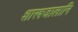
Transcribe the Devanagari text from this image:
शास्त्रजालानि